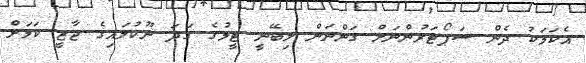
އެކަމަކު ދެން ސަޕޯޓަރުންނަށް ގަންނަން ލިބޭނީ ޓީމުގެ ގަދަ ނޫކުލައިގެ ޖާޒީ ކަމަށް